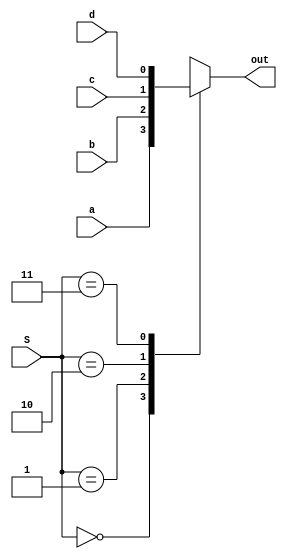
module mux4_1(output reg out, input wire a, b, c, d, input wire [1:0] S);

always @(a, b, c, d, S)

	case (S)
	
		2'b00: out = a;
		2'b01: out = b;
		2'b10: out = c;
		2'b11: out = d;
		
		default: out = 'bx;
	endcase

endmodule